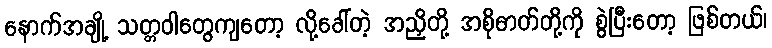
နောက်အချို့ သတ္တဝါတွေကျတော့ လို့ခေါ်တဲ့ အညှိတို့ အစိုဓာတ်တို့ကို စွဲပြီးတော့ ဖြစ်တယ်၊